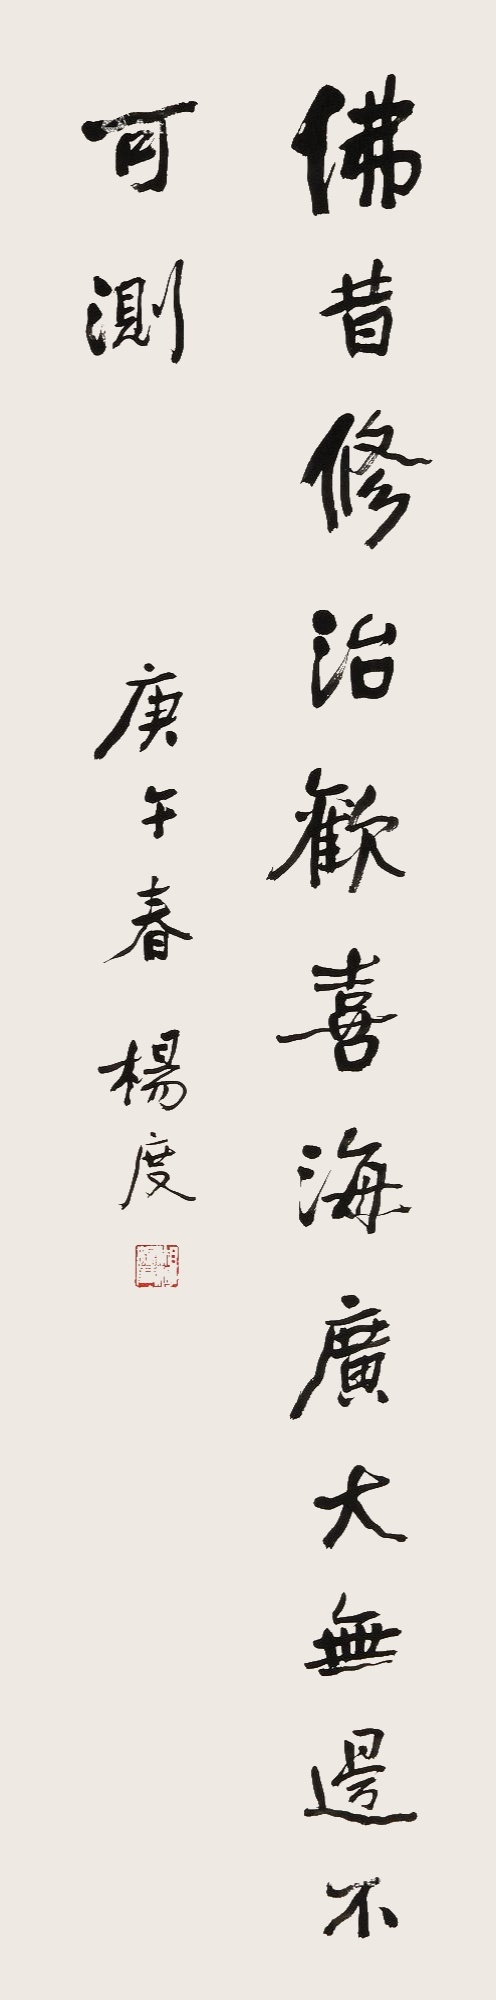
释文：佛昔修治欢喜海，广大无边不可测。庚午春，杨度。